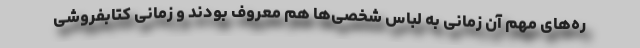
ره‌های مهم آن زمانی به لباس شخصی‌ها هم معروف بودند و زمانی کتابفروشی